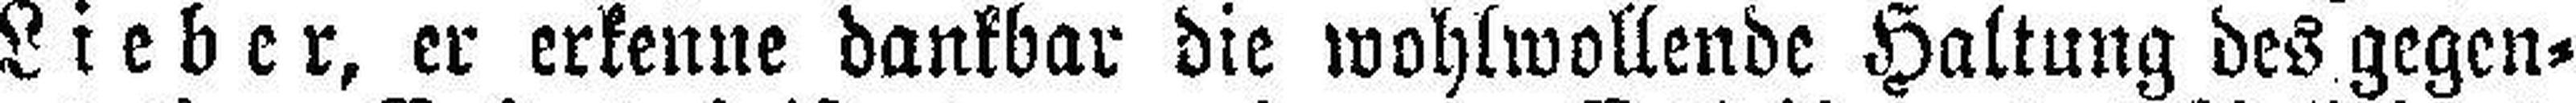
Lieber, er erkenne dankbar die wohlwollende Haltung des gegen¬